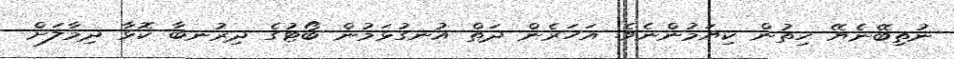
ނުތިބޭނެޔޭ ހިތުން ކިޔަމުންނެވެ. އަހަރެން ދަތް އުނގުޅަމުން ބޯޓުގެ ދިރުނބާ ކޮޅާ ދިމާލަށް